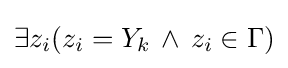
\exists z_{i}(z_{i}=Y_{k}\,\land \,z_{i}\in \Gamma )